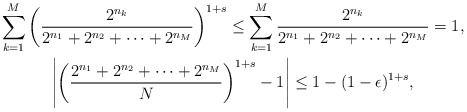
\begin{gather*}\sum_{k=1}^{M}\left(\frac{2^{n_{k}}}{2^{n_{1}}+2^{n_{2}}+\cdots+2^{n_{M}}}\right)^{1+s}\leq \sum_{k=1}^{M}\frac{2^{n_{k}}}{2^{n_{1}}+2^{n_{2}}+\cdots+2^{n_{M}}}=1,\\\left|\left(\frac{2^{n_{1}}+2^{n_{2}}+\cdots+2^{n_{M}}}{N}\right)^{1+s}-1\right|\leq 1-(1-\epsilon)^{1+s},\end{gather*}